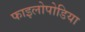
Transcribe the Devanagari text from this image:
फाइलोपोडिया